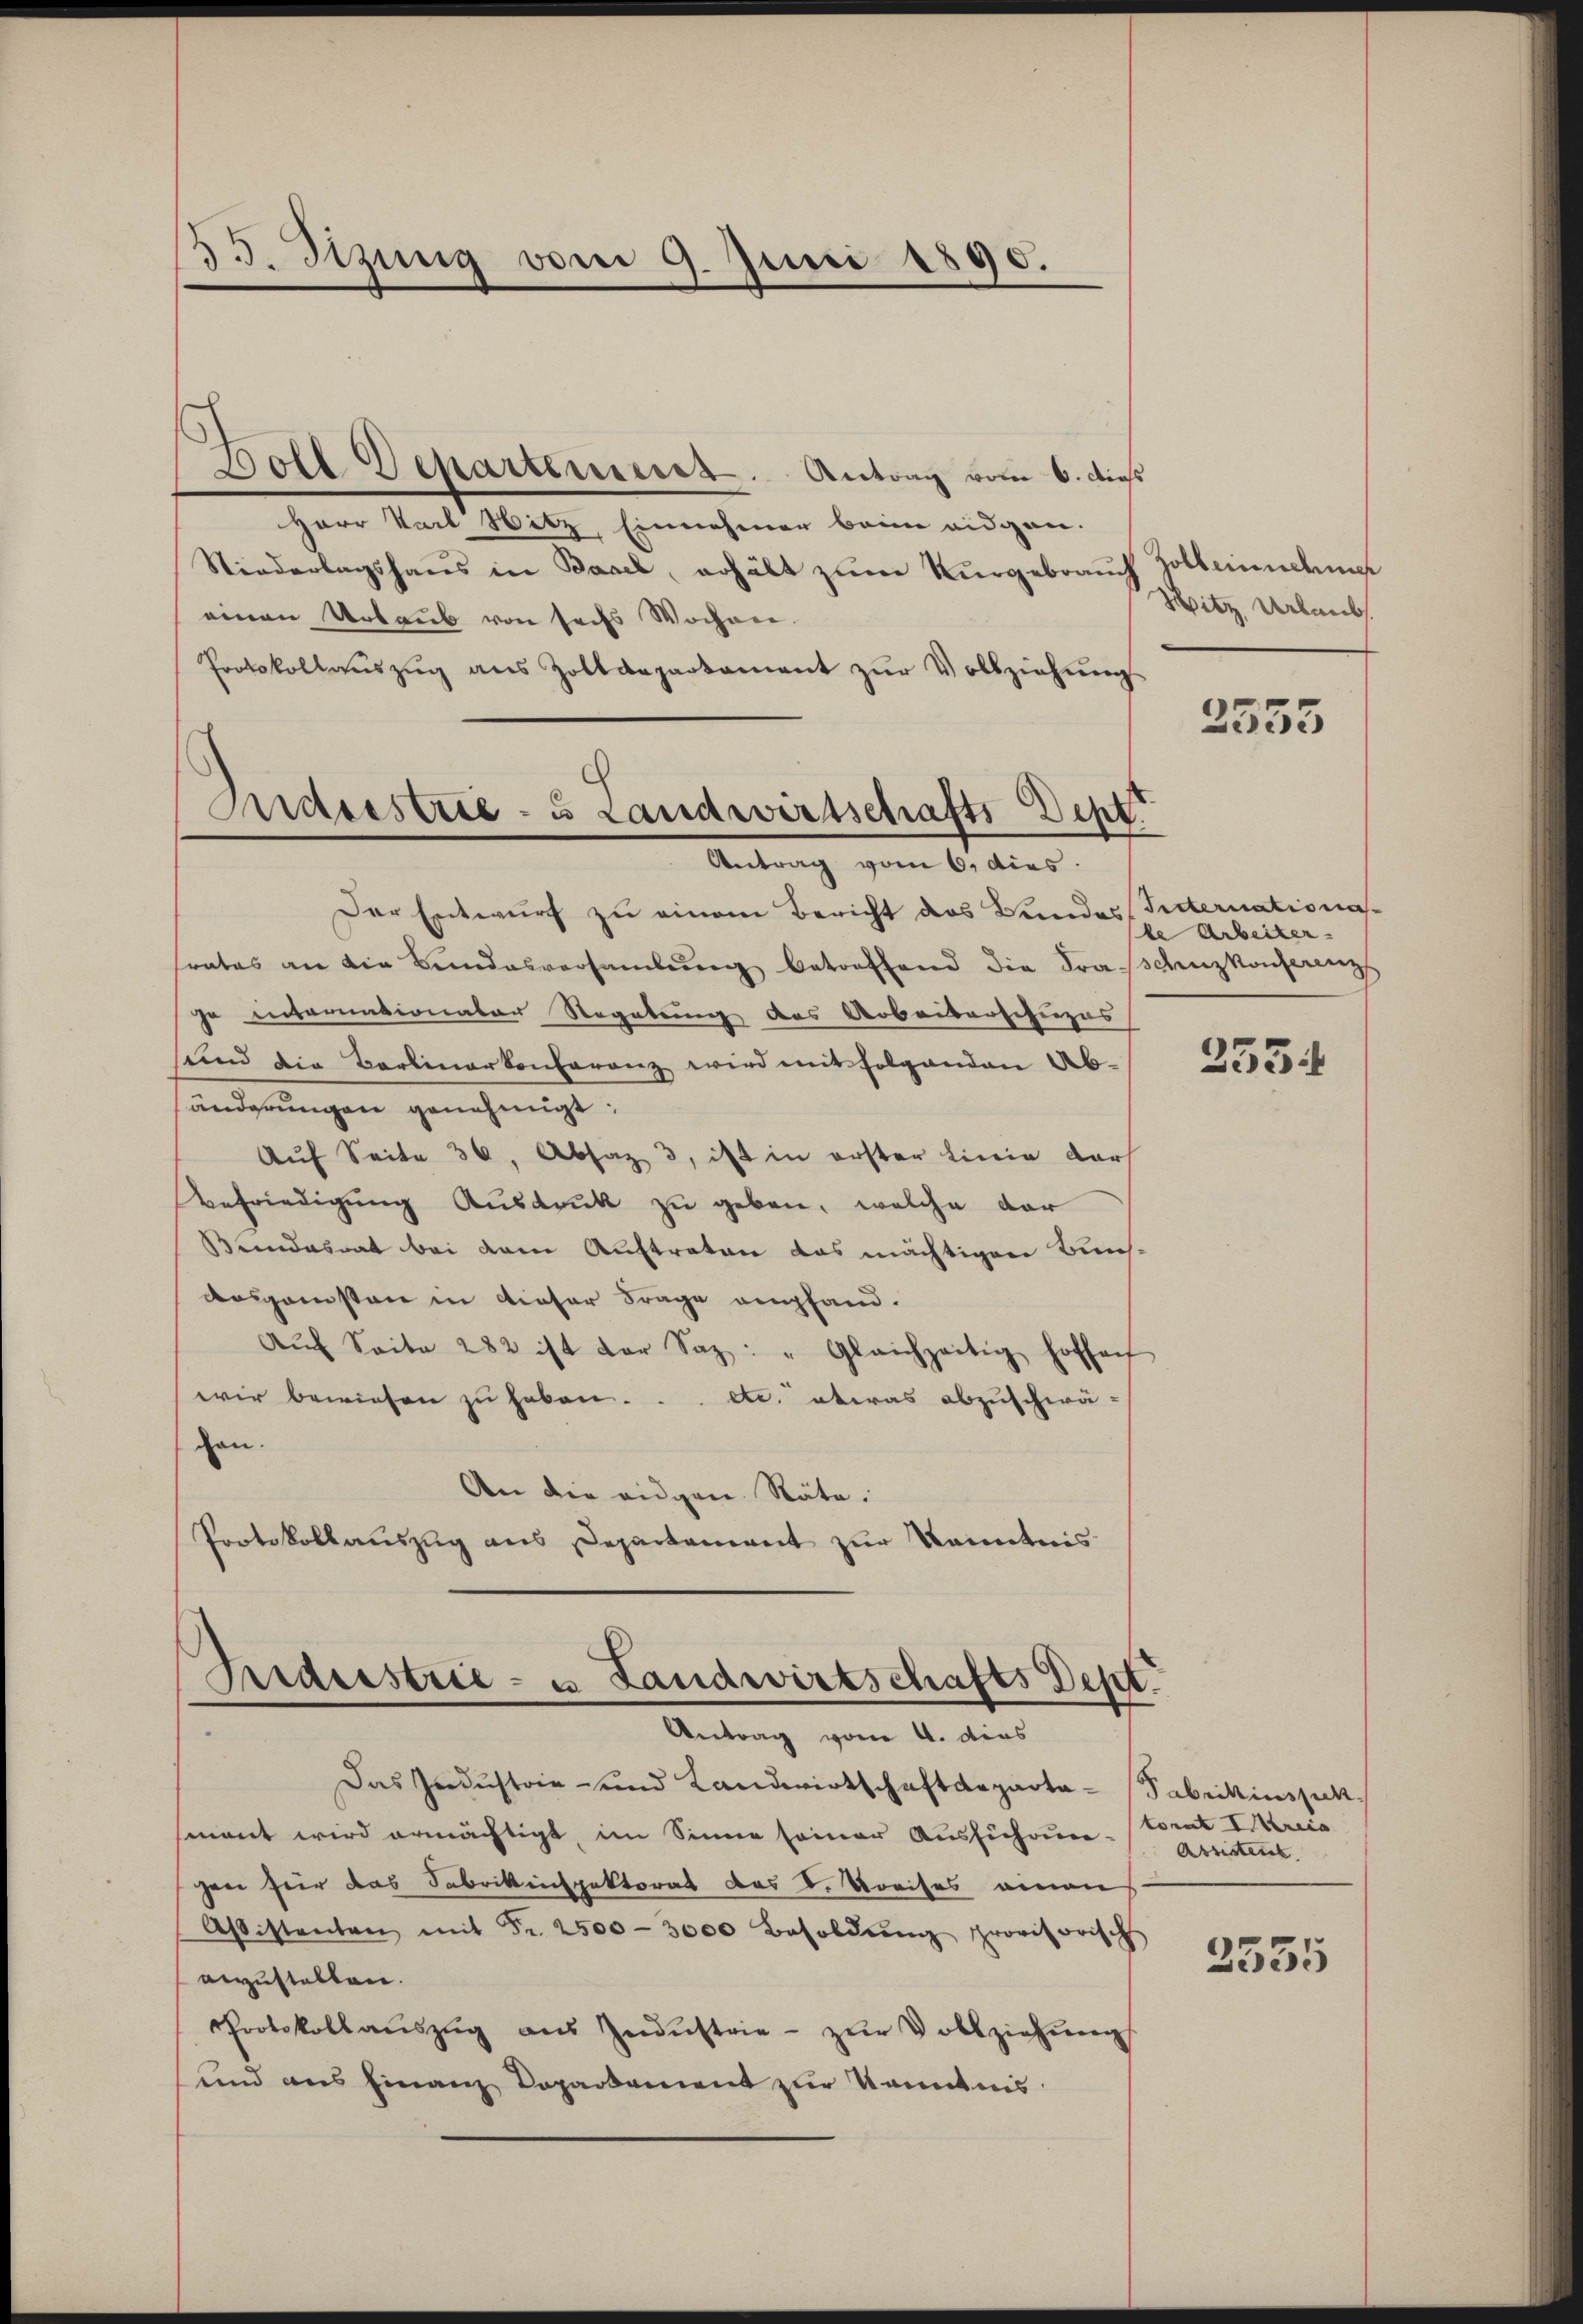
85. Sizung vom 9. Juni 1890.

Boll Departement. Antrag vom 6. dies
Herr Karl Nitz, Einnahmer beim eidgen.
Niederlagshaus in Basel, erhält zum Kurgebrauch
einen Urlaub von sechs Wochen.
Protokollaŭszŭg ans Zolldepartament zŭr Vollziehŭngs-
Der Entwurf zu einem Bericht das Bundes
trates an die Bundesversamlung betreffend die Fraje internationater Regelung des Arbeiberschuzus
sund die Carlinerkonferenz wird mit folgenden Ab-
änderungen genehmigt:
Auf Seite 36, Absaz 3, ist in erster Linie darf
Befriedigung Ausdruck zu geben, welche der
Bundesrat bei dem Auftraten das mächtigen Burch
Ausganisten in dieser Frage empfand.
Aŭf Seite 282 ist der Saz: " Gleichzeitig hoffen
wir bewiesen zu haben... etc. etwas abzuschwä-
chen.
An die eidgen. Räte:
Protokollauszug aus Departement zur Kenntnis

Maeestrie - u Landwirtschafts-Dept.
Antrag vom 6. dies

Friderstrie- u Landwirtschafts Dept.
Antrag vom 4. dies

Das Industrie- und Landwirtschaftdeparta-Fabrikinspeksment wird ermächtigt, im Sinne seiner Ausführung torat I. Kreis
gen für das Fabrikinspektorat des d. Kreises einen
Aßistenten mit Fr. 2500-3000 Besoldŭng provisorisch
anzustellen.
Protokollaŭszŭg aŭs Indŭstrie- zŭr Vollziehŭng
und aus Finanz Departement zur Kenntnis

Zollendene
Witz Urlaub

2555

Setternationa
le Arbeiter.
schuzkonferenz

233

Assistent

2535